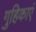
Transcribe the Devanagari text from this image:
गुहिकाएं